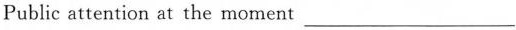
Public attention at the moment ___